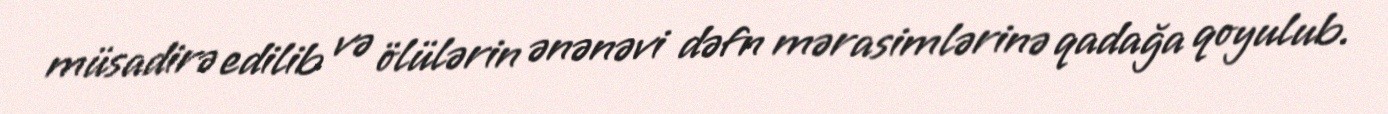
müsadirə edilib və ölülərin ənənəvi dəfn mərasimlərinə qadağa qoyulub.